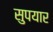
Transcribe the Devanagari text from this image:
सुपयार